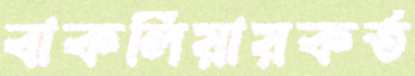
বাকলিয়ায়কর্ত